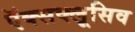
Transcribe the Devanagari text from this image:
ऍक्सक्लूसिव